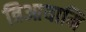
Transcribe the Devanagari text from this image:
त्रिआयामि